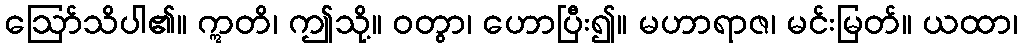
ဩော်သိပါ၏။ ဣတိ၊ ဤသို့။ ဝတွာ၊ ဟောပြီး၍။ မဟာရာဇ၊ မင်းမြတ်။ ယထာ၊